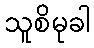
သူစိမုခါ